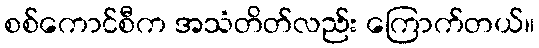
စစ်ကောင်စီက အသံတိတ်လည်း ကြောက်တယ်။